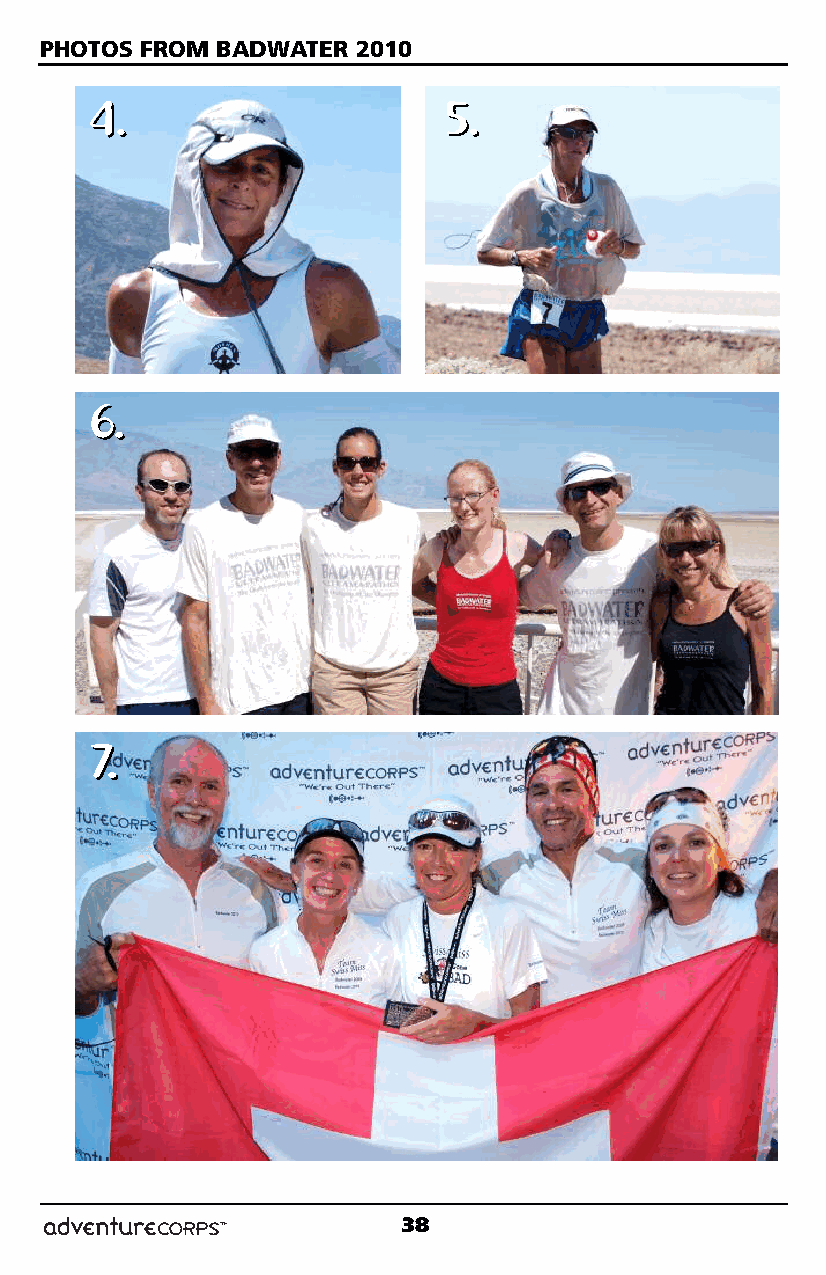
PHOTOS FROM BADWATER 2010
 44..                   55..
 66..
 77..
 38